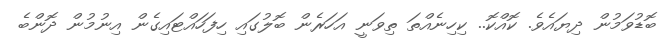
ބޮޑުވަމުން ދިޔައެވެ. ކޮއްކޮ.. ކިހިނެއްތަ ތިވަނީ އަހަރެން ބޮލުގައި ހިފަހައްޓައިގެން އިނުމުން ދޮންބެ